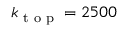
k _ { \textrm { t o p } } = 2 5 0 0